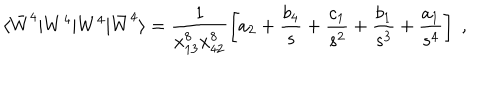
\langle \bar { W } ^ { 4 } | W ^ { 4 } | W ^ { 4 } | \bar { W } ^ { 4 } \rangle = \frac { 1 } { x _ { 1 3 } ^ { 8 } x _ { 4 2 } ^ { 8 } } \left[ a _ { 2 } + \frac { b _ { 4 } } { s } + \frac { c _ { 1 } } { s ^ { 2 } } + \frac { b _ { 1 } } { s ^ { 3 } } + \frac { a _ { 1 } } { s ^ { 4 } } \right] \; ,